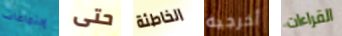
إجتماعات حتى الخاطئة أخرجيه القراءات